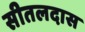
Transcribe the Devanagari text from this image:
सीतलदास